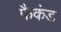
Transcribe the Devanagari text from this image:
फैकंड